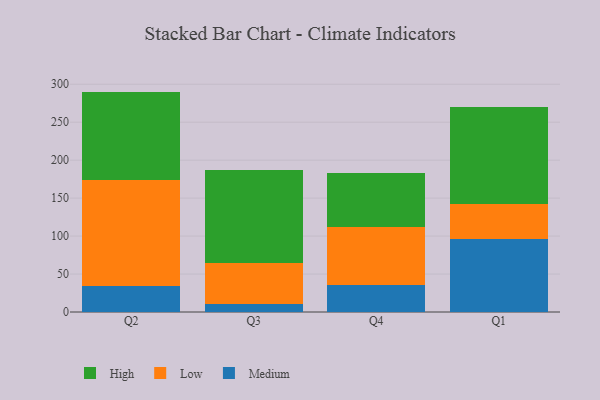
{"axis": {"x": "Quarter", "y": "Temperature (°C)"}, "legend": ["High", "Low", "Medium"], "data": [{"x": "Q2", "y": 33.8, "type": "Medium"}, {"x": "Q2", "y": 140.2, "type": "Low"}, {"x": "Q2", "y": 116.3, "type": "High"}, {"x": "Q3", "y": 10.1, "type": "Medium"}, {"x": "Q3", "y": 54.9, "type": "Low"}, {"x": "Q3", "y": 121.7, "type": "High"}, {"x": "Q4", "y": 36.1, "type": "Medium"}, {"x": "Q4", "y": 76.5, "type": "Low"}, {"x": "Q4", "y": 71.1, "type": "High"}, {"x": "Q1", "y": 95.6, "type": "Medium"}, {"x": "Q1", "y": 46.3, "type": "Low"}, {"x": "Q1", "y": 128.4, "type": "High"}]}